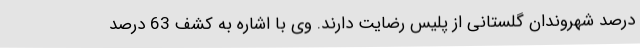
درصد شهروندان گلستانی از پلیس رضایت دارند. وی با اشاره به کشف 63 درصد